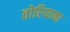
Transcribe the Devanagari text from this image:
तोरियाना